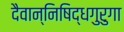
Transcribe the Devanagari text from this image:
दैवान्निषिद्धगुरुगा